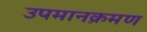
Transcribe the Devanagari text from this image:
उपमानक्रमण